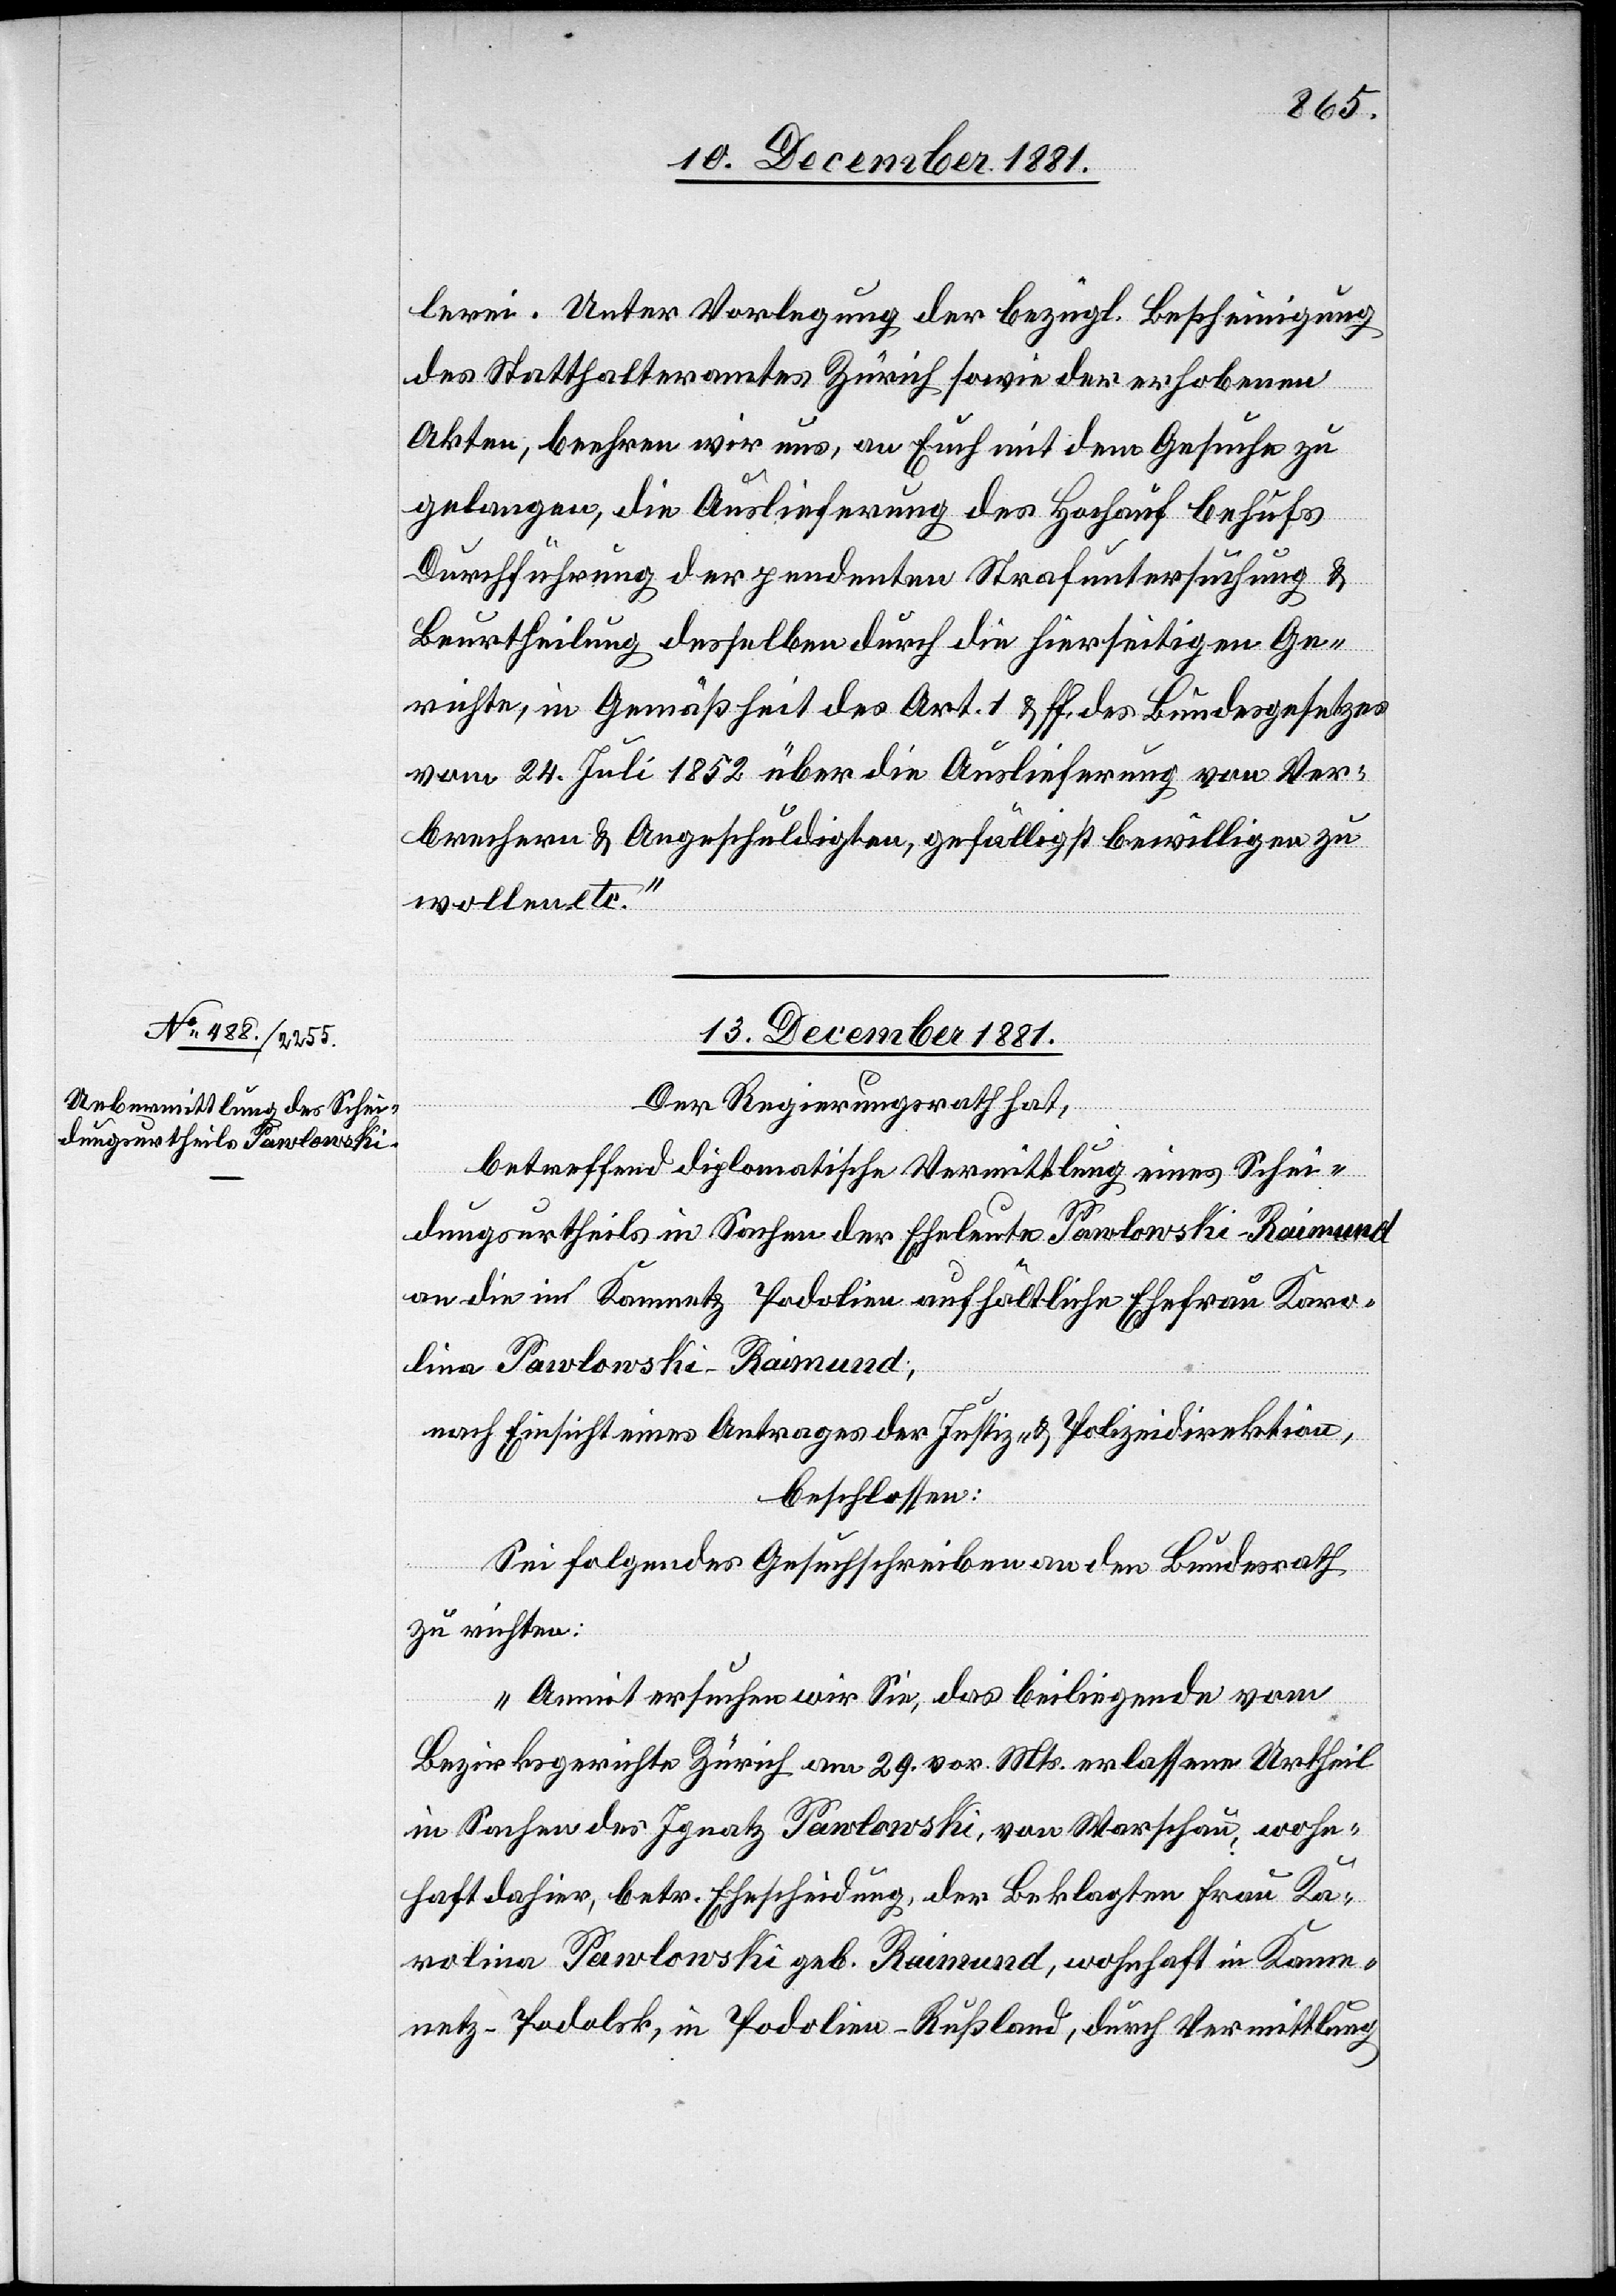
lerei. Unter Vorlegung der bezügl. Bescheinigung
des Statthalteramtes Zürich sowie der erhobenen
Akten, beehren wir uns, an Euch mit dem Gesuche zu
gelangen, die Auslieferung des Hochauf behufs
Durchführung der pendenten Strafuntersuchung &
Beurtheilung desselben durch die hierseitigen Ge¬
richte, in Gemäßheit des Art. 1 & ff. des Bundesgesetzes
vom 24. Juli 1852 über die Auslieferung von Ver¬
brechern & Angeschuldigten, gefälligst bewilligen zu
wollen, etc.“
13. December 1881.
Der Regierungsrath hat,
betreffend diplomatische Vermittlung eines Schei¬
dungsurtheils in Sachen der Eheleute Pawlowski-Raimund
an die im Kam[e]netz Podolien aufhältlichen Ehefrau Karo¬
lina Pawlowski-Raimund;
nach Einsicht eines Antrages der Justiz- & Polizeidirektion,
beschlossen:
Sei folgendes Gesuchschreiben an den Bundesrath
zu richten:
„Damit ersuchen wir Sie, das beiliegende vom
Bezirksgerichte Zürich am 29. vor. Mts. erlassene Urtheil
in Sachen des Ignatz Pawlowski, von Warschau, wohn¬
haft dahier, betr. Ehescheidung, der Beklagten Frau Ka¬
rolina Pawlowski geb. Raimund, wohnhaft in Kame¬
netz - Podolsk, in Podolien - Rußland, durch Vermittlung